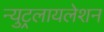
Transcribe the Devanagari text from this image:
न्युट्रलायलेशन